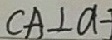
C A \bot a